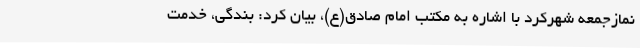
نمازجمعه شهرکرد با اشاره به مکتب امام صادق(ع)، بیان کرد: بندگی، خدمت